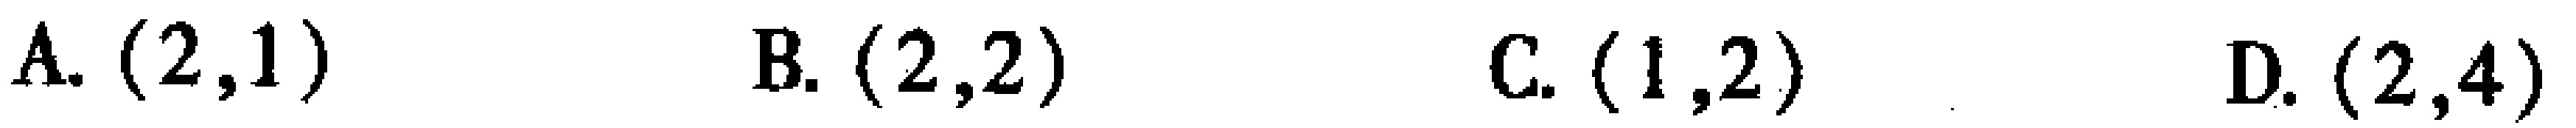
A. \((2,1)\)  B. \((2,2)\)  C. \((1,2)\)  D. \((2,4)\)